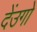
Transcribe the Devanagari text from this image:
देंउगो